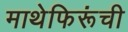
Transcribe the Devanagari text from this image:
माथेफिरूंची